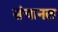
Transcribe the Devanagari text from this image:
संचानल